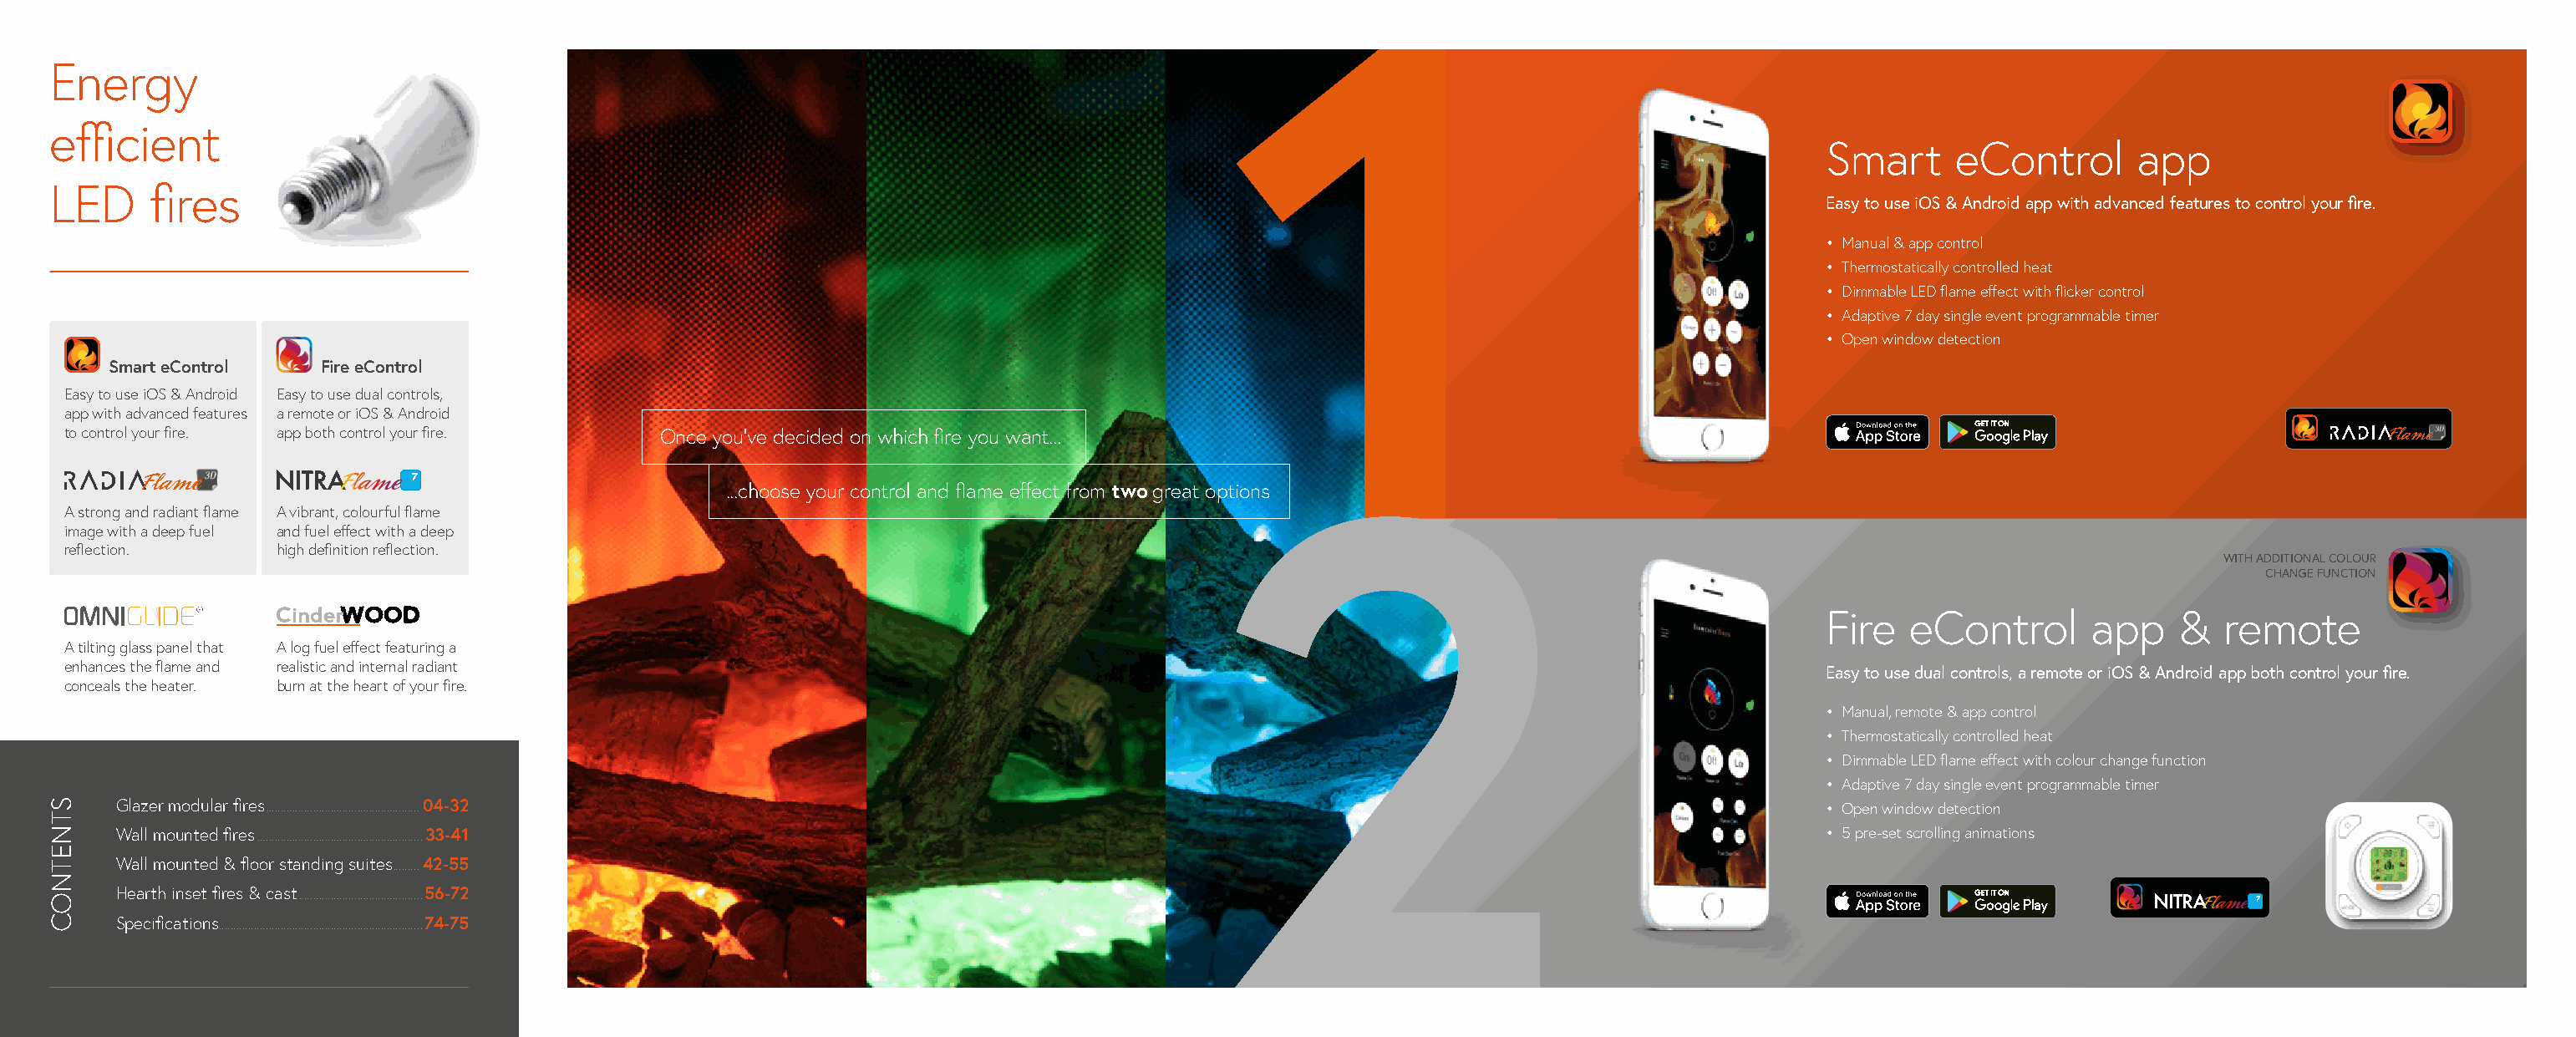
Energy
 efficient
 Smart     eControl      app
 LED     fires
 Easy to use iOS & Android app with advanced features to control your fire.
 • M anual & app control
 • T hermostatically controlled heat
 • D immable LED flame effect with flicker control
 • A daptive 7 day single event programmable timer
 • O pen window detection
 Smart eControl  Fire eControl
 Easy to use iOS & Android Easy to use dual controls,
 app with advanced features a remote or iOS & Android
 to control your fire. app both control your fire. Once you’ve decided on which fire you want...
 ...choose your control and flame effect from two great options
 A strong and radiant flame A vibrant, colourful flame
 image with a deep fuel and fuel effect with a deep
 reflection.      high definition reflection.
 WITH ADDITIONAL COLOUR
 CHANGE FUNCTION
 Fire  eControl       app    &  remote
 A tilting glass panel that A log fuel effect featuring a
 enhances the flame and realistic and internal radiant
 Easy to use dual controls, a remote or iOS & Android app both control your fire.
 conceals the heater. burn at the heart of your fire.
 • M anual, remote & app control
 • T hermostatically controlled heat
 • D immable LED flame effect with colour change function
 • A daptive 7 day single event programmable timer
 Glazer modular fires ....................................................04-32                                                          • O pen window detection
 Wall mounted fires ........................................................33-41                                                        • 5 pre-set scrolling animations
 Wall mounted & floor standing suites .........42-55
 Hearth inset fires & cast ..........................................56-72
 Specifications .....................................................................74-75
 STNETNOC